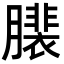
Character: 𦢄